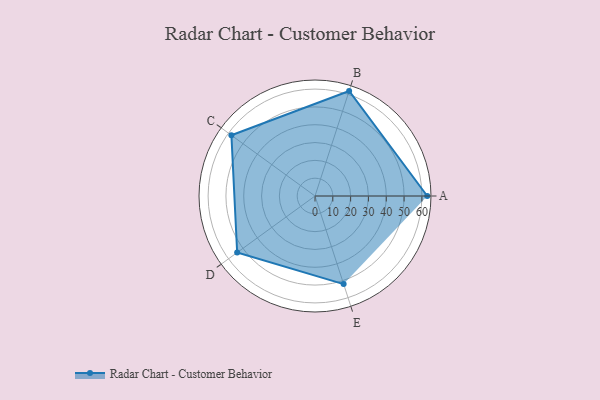
{"axis": {"x": "Skill", "y": "Score"}, "legend": ["Profile"], "data": [{"x": "A", "y": 63.0, "type": "Profile"}, {"x": "B", "y": 62.0, "type": "Profile"}, {"x": "C", "y": 58.0, "type": "Profile"}, {"x": "D", "y": 54.0, "type": "Profile"}, {"x": "E", "y": 52.0, "type": "Profile"}]}